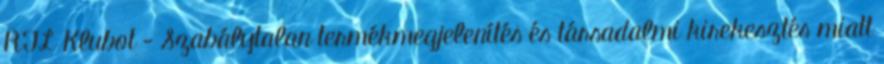
RTL Klubot - Szabálytalan termékmegjelenítés és társadalmi kirekesztés miatt